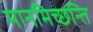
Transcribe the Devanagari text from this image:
मानमिच्छन्ति